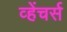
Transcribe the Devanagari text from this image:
व्हेंचर्स